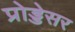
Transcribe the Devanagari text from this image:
प्रोड्डेसर